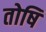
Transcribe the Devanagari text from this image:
तोषि